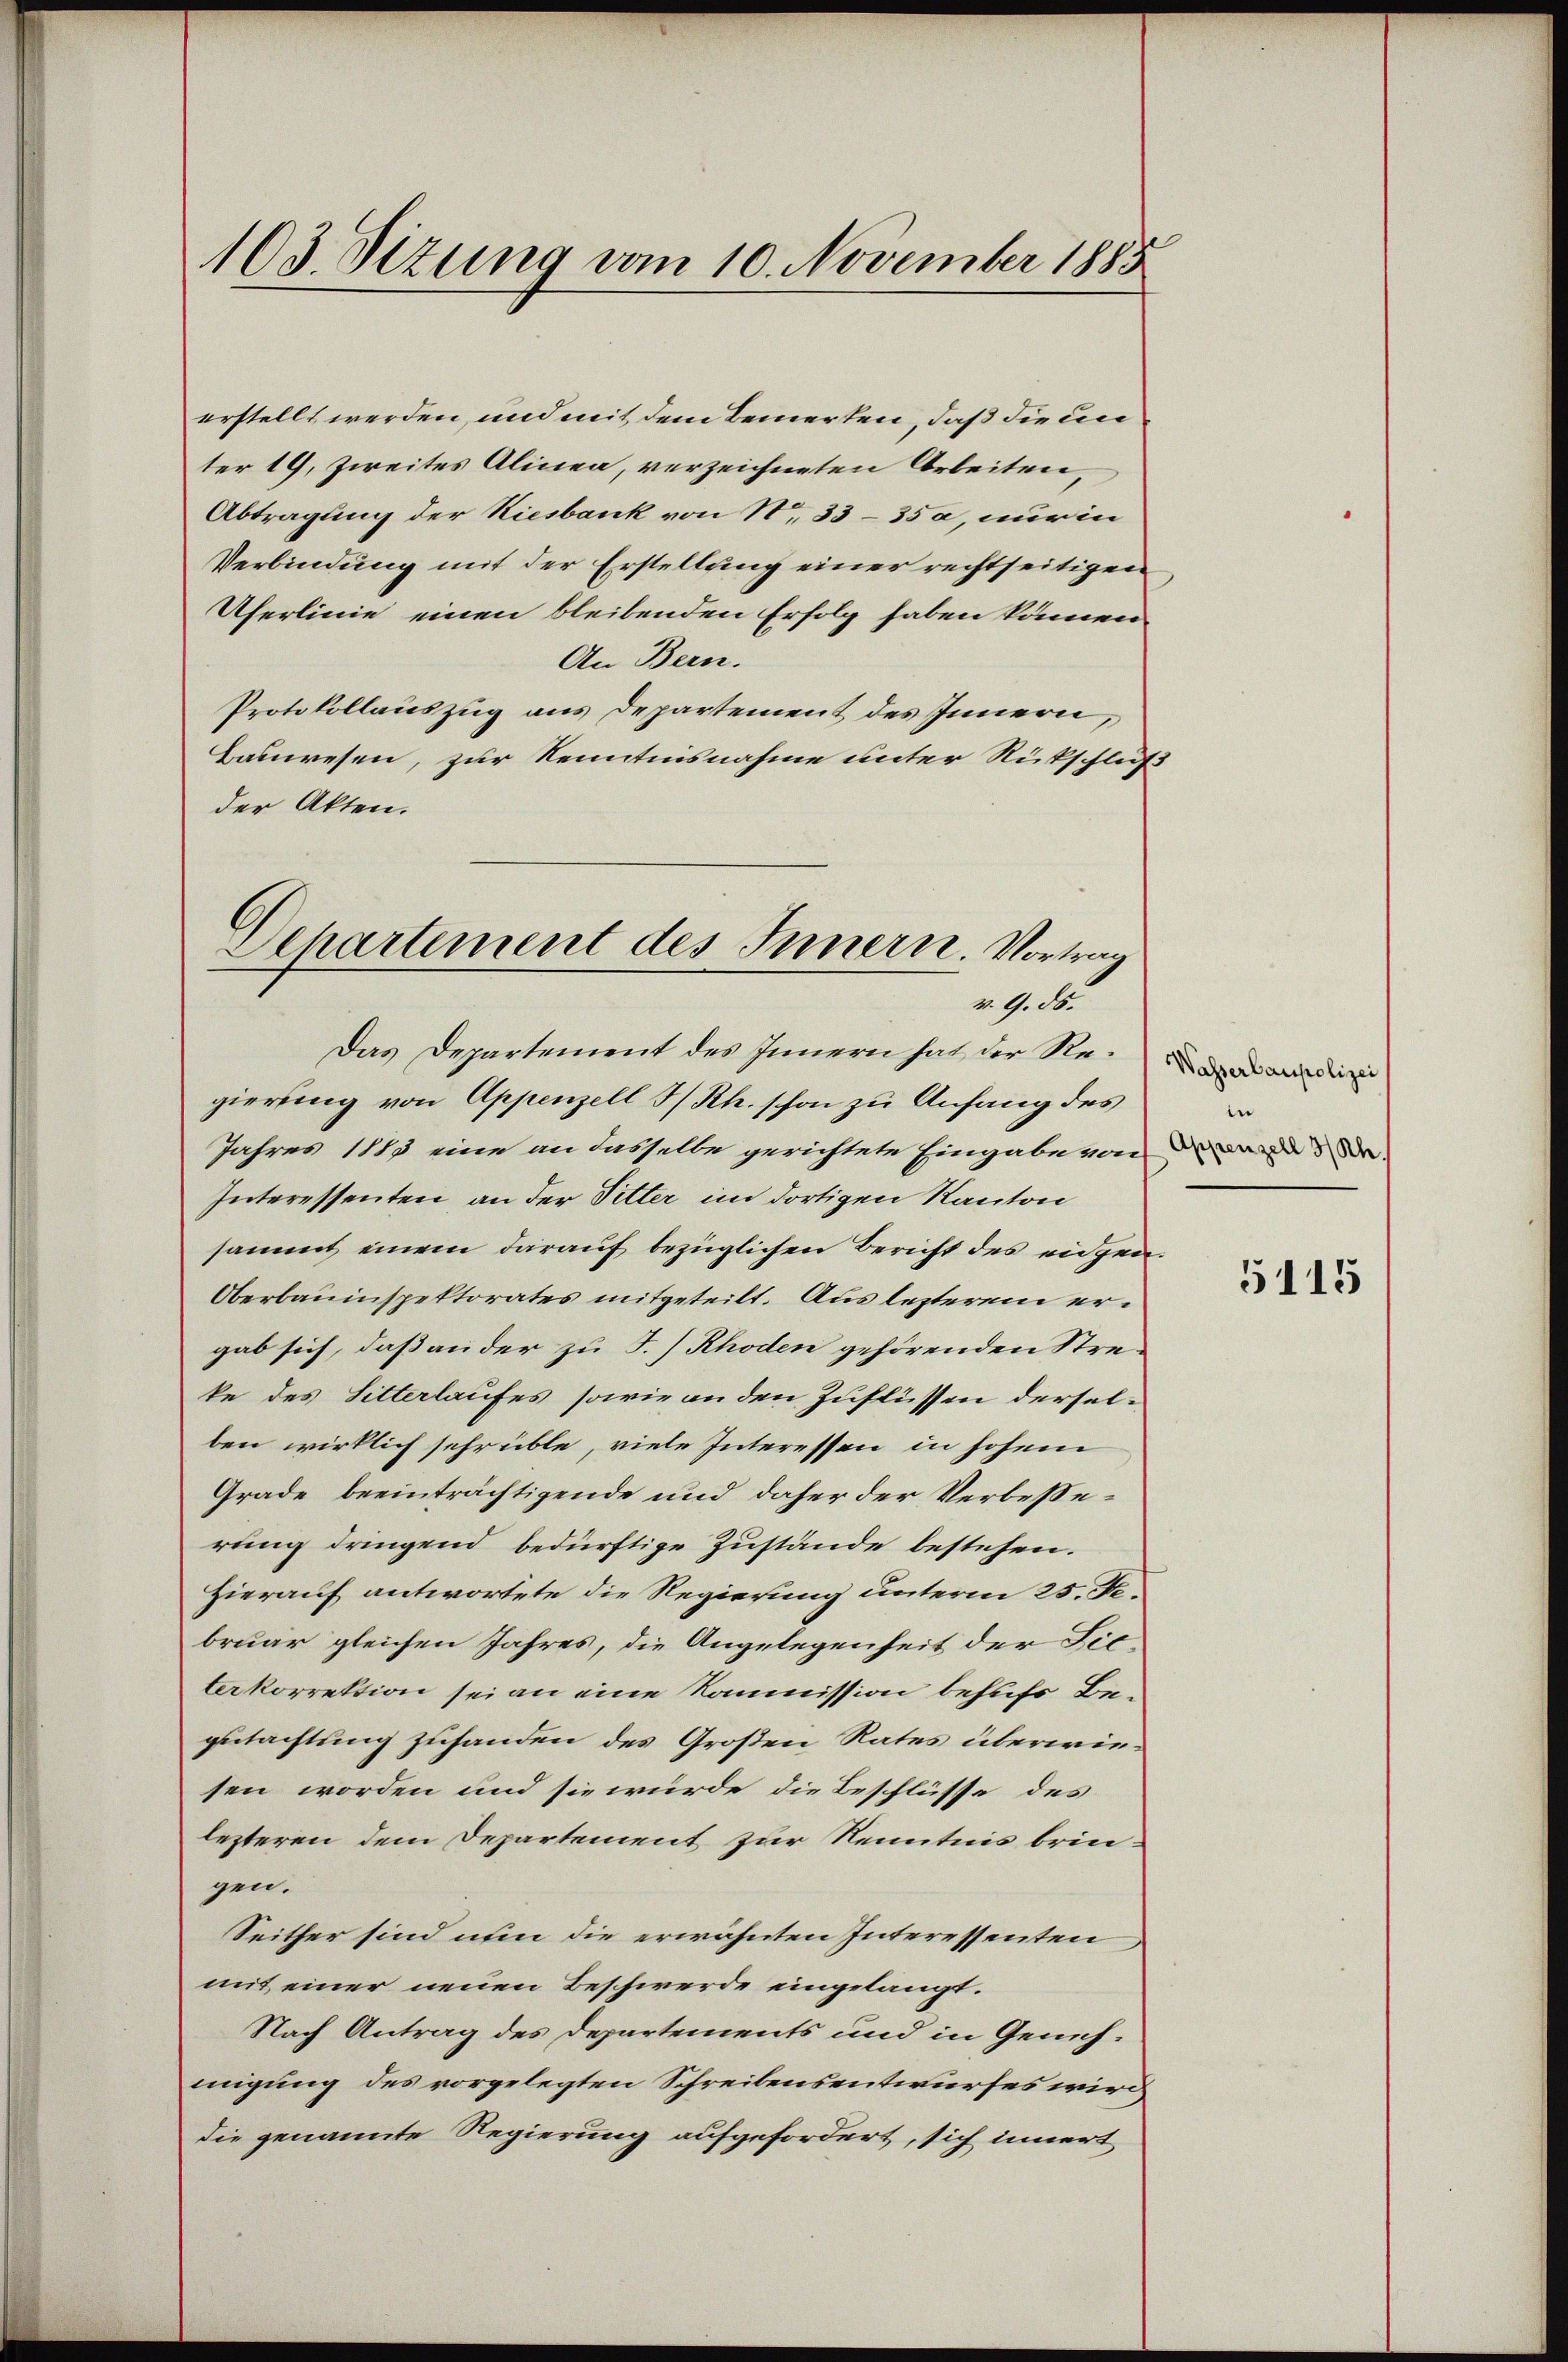
103. Sizung vom 10. November 1885

erstellt werden, und mit dem Bemerken, daß die un
ter 19, Zweites Alinea, verzeichneten Arbeiten
Abtragung der Kiesbank von No 33-35a, nur in
Verbindung mit der Erstellung einer rechtseitigen
Uferlinie einen bleibenden Erfolg haben können
An Bern.
Protokollauszug aus Departement des Innern,
Bauwesen, zur Kenntnisnahme unter Rückschluß
der Akten.
Dehartement des Innern. Vortrag

v. 9. ds.

Das Departement des Innern hat der Regierung von Appenzell I/Rh. schon zu Anfang des
Jahres 1883 eine an dasselbe gerichtete Eingabe von
Interessenten an der Pitter im dortigen Kanton
sammt einem darauf bezüglichen Bericht des eidgen.
Oberbauinspektorates mitgeteilt. Aus lezterem ergab sich, daß an der zu T.) Rhoden gehörenden Streke des Sitterlaufes, sowie an den Zuflüssen derselben wirklich sehr üble, viele Interessen in hohem
Grade beeinträchtigende und daher der Verbesserung dringend bedürftige Zustände bestehen.
Hierauf antwortete die Regierung unterm 25. Fe
bruar gleichen Jahres, die Angelegenheit der Lieterkorrektion sei an eine Kommission behufs Begutachtung zuhanden des Großen Rates überwiesen worden und sie würde die Beschlüsse des
lezteren dem Departement zur Kenntnis bringen.
Seither sind nun die erwähnten Interessenten
mit einer neuen Beschwerde eingelangt.
Nach Antrag des Departements und in Genehmigung des vorgelegten Schreibensentwurfes wird
die genannte Regierung aufgefordert, sich innert

Wasserbaupolizei
e
Appenzell 3/Rh

5115